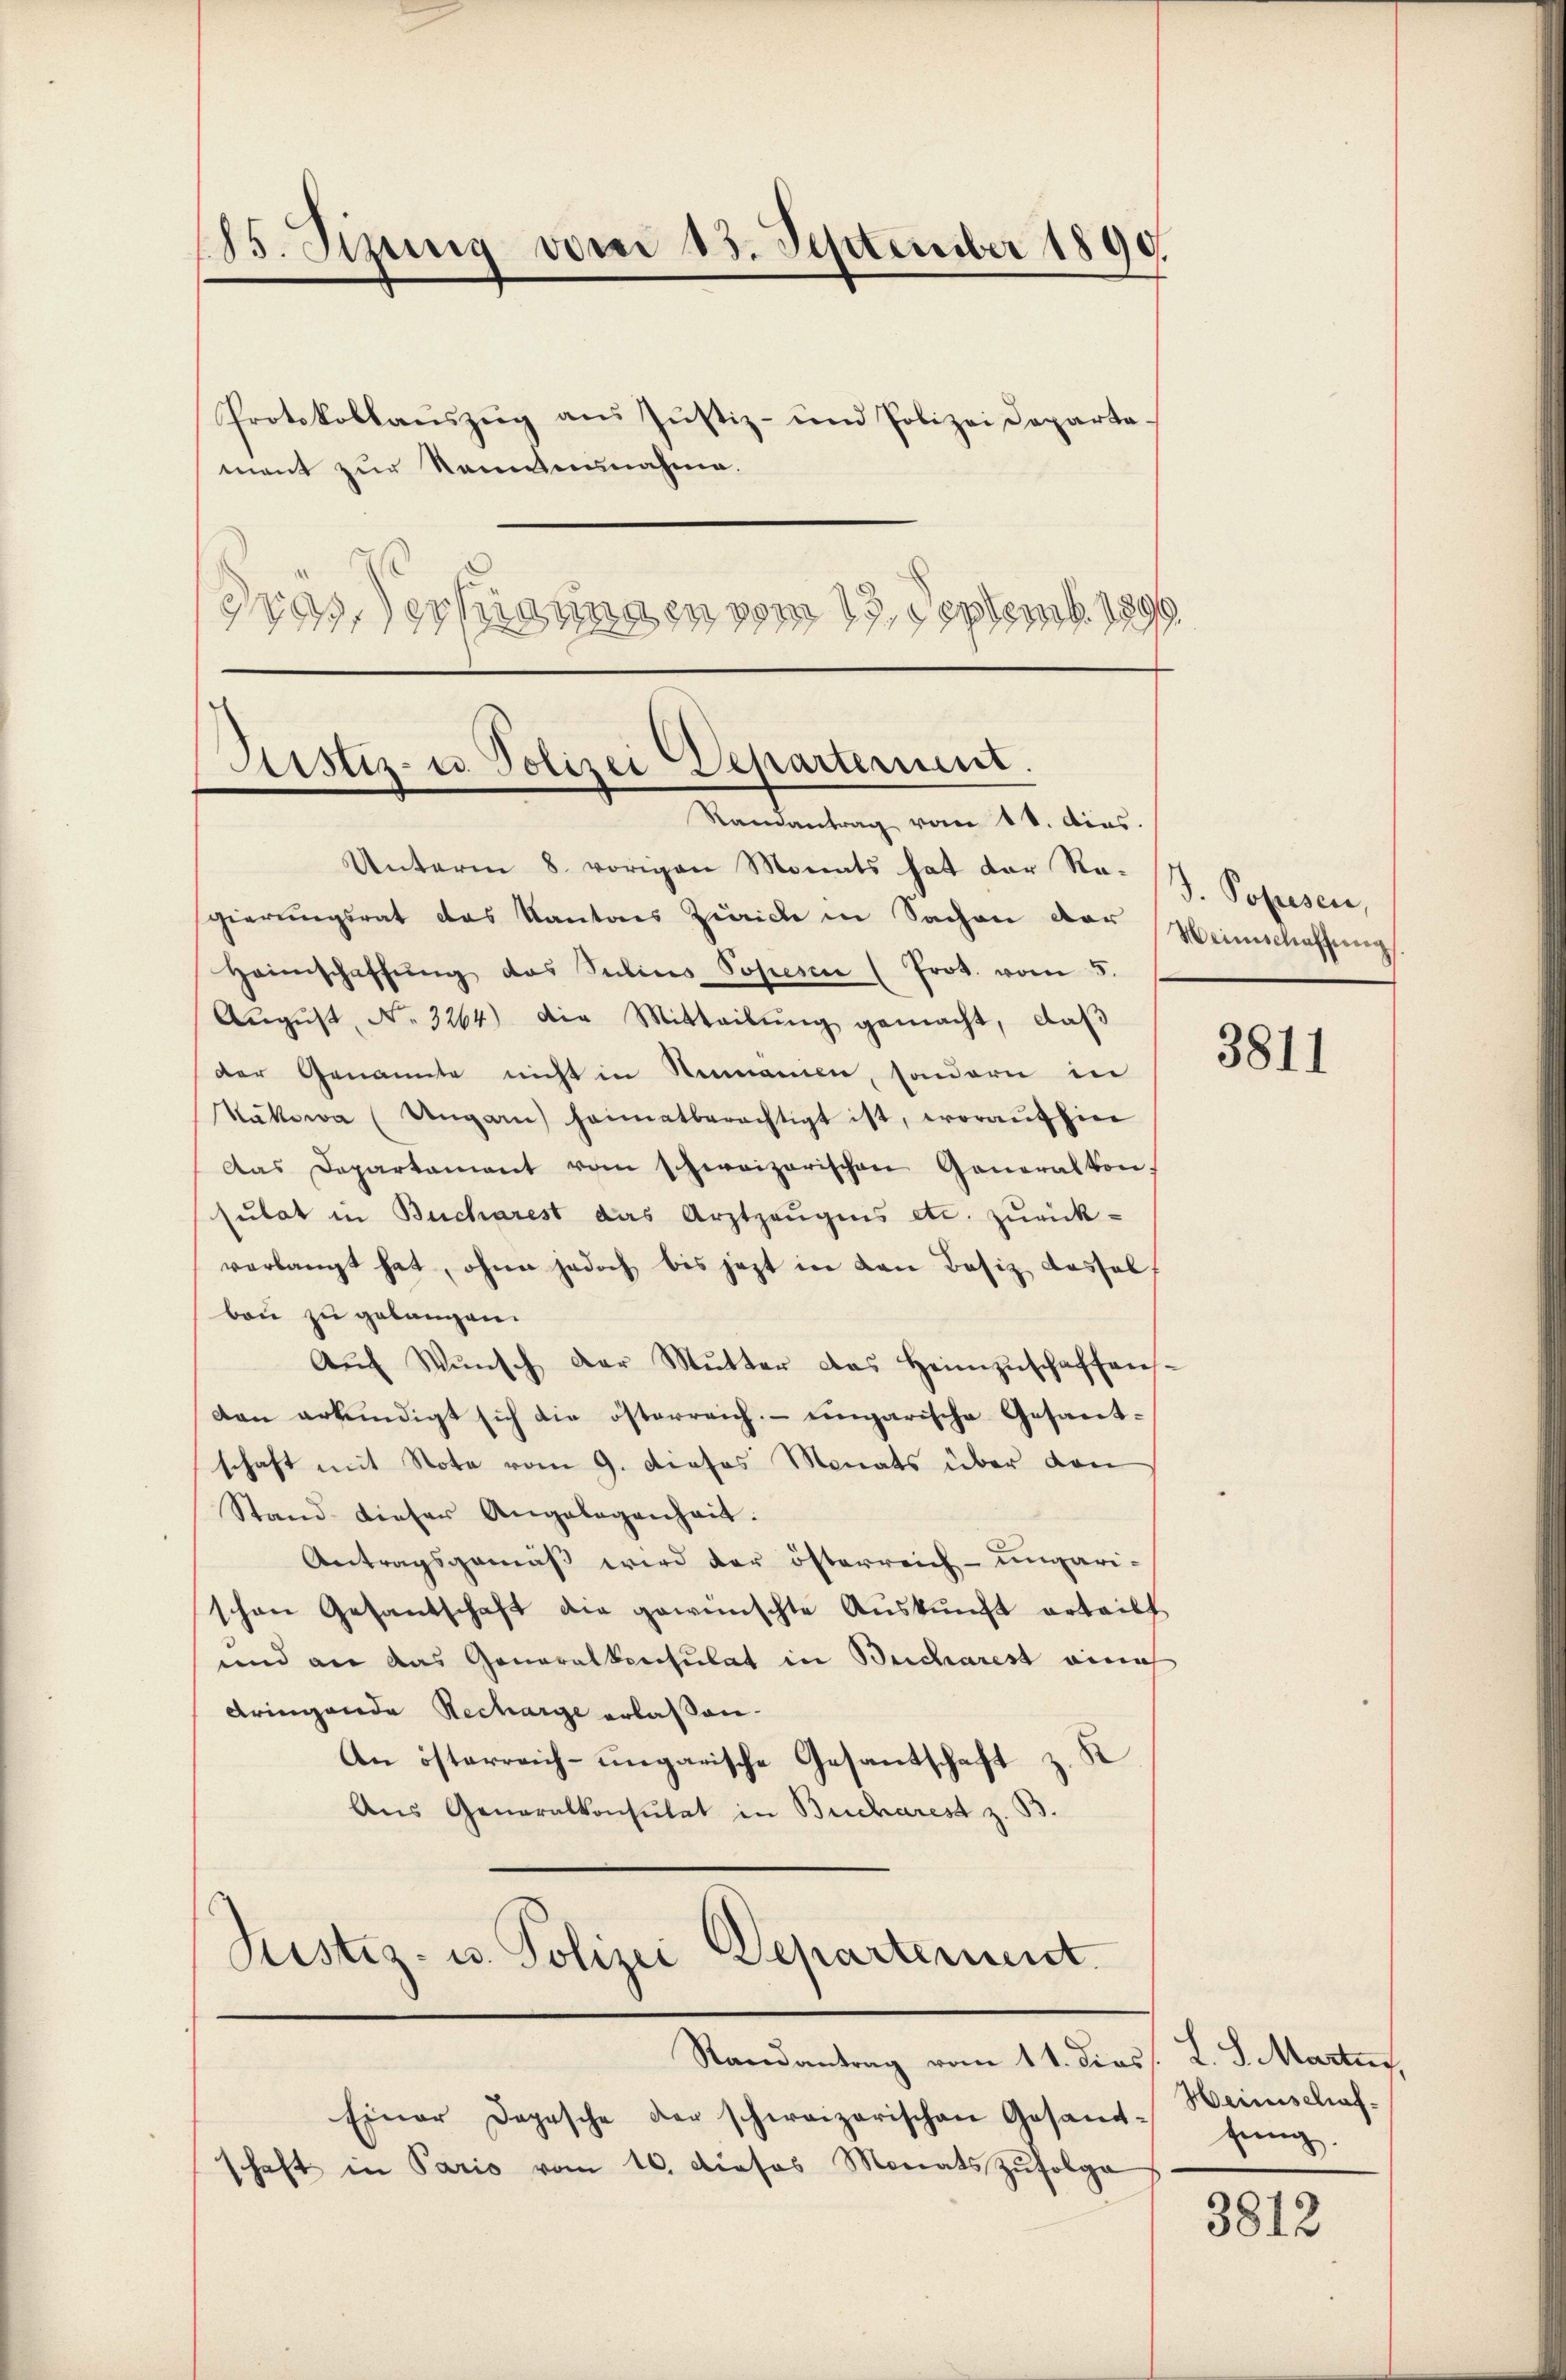
85. Sizung vom 13. September 1890.
Protokollaŭszŭg aŭs Jŭstiz- und Polizei Departa-
mant zur Sonntennahme.
Gras Verfügungen vom 13. Septemb. 1890

Justiz- u. Polizei Departement.
Samantrag von 1 S. dies.

Randantrag vom 11. dies L. S. Martig,

Unterm 8. vorigen Monats hat der No. J. Popesen,
gierŭngsrat das Kantons Zürich in Sachen der Weinschaffung
Heimschaffŭng das Selins Popesen (Prot. vom 5.
Aŭgŭst No. 3264) die Mitteilŭng gemacht, daß
der Genannte nicht in Romanien, sondern in
Näkowa (Ungarn heimatberechtigt ist, woraŭf hier
Das Departament vom schweizerischen Generalkon.
sulat in Bucharest das Arztzeŭgnis etc. zurück-
verlangt hat, ohne jedoch bis jezt in den Besiz dassel
bau zu gelangen.
Aŭch Wŭnsch der Mŭtter das Heimzuschaffensdan erkundigt sich die österreich-ungarische Gesantschaft mit Note vom 9. dieses Monats über den
Stand dieser Angelegenheit.
Antragsgemäß wird der österreich-ungarischon Gesandschaft die gewünschte Aŭskŭnft erteilt
und an das Generalbeschulat in Beicharest eine
dringende Recharge erlassen.
An österreich-ungarische Gesantschaft z. K
Aus Generalkonsulat in Bucharest z. B.
Justiz- u. Polizei Departement

Einer Depesche der schweizerischen Gesamt-
haft in Paris vom 10. dieses Monats zŭfolge

3811

Heinschaffung.

3812